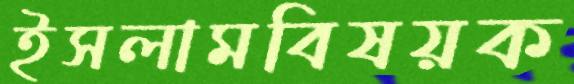
ইসলামবিষয়ক